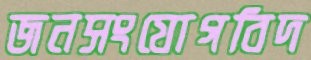
জনসংযোগবিদ